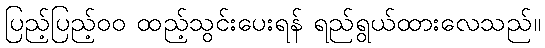
ပြည့်ပြည့်၀၀ ထည့်သွင်းပေးရန် ရည်ရွယ်ထားလေသည်။